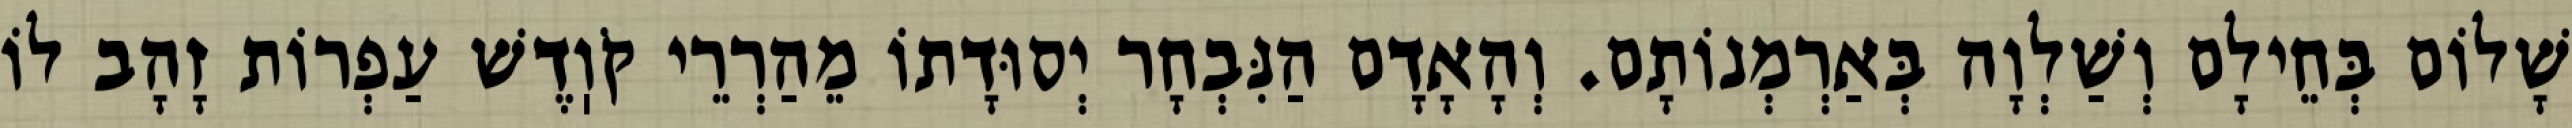
שָׁלוֹם בְּחֵילָם וְשַׁלְוָה בְּאַרְמְנוֹתָם. וְהָאָדָם הַנִּבְחָר יְסוּדָתוֹ מֵהַרְרֵי קֹוֽדֶשׁ עַפְרוֹת זָהָב לוֹ